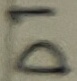
Text: D1